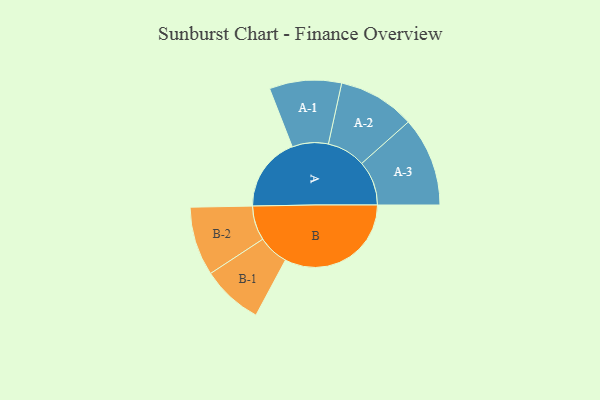
{"axis": {"x": "Segment", "y": "Value"}, "legend": ["", "A", "B"], "data": [{"x": "A", "y": 244, "type": ""}, {"x": "B", "y": 414, "type": ""}, {"x": "A-1", "y": 118, "type": "A"}, {"x": "A-2", "y": 126, "type": "A"}, {"x": "A-3", "y": 146, "type": "A"}, {"x": "B-1", "y": 100, "type": "B"}, {"x": "B-2", "y": 113, "type": "B"}]}